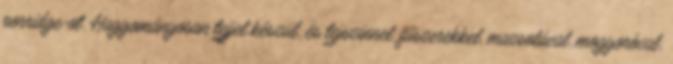
porridge-ot. Hagyományosan tejjel készül, és tejszínnel, fűszerekkel, mazsolával, mogyoróval,